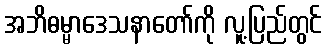
အဘိဓမ္မာဒေသနာတော်ကို လူ့ပြည်တွင်